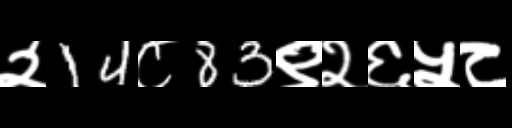
Text: २14८83९२६५८